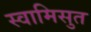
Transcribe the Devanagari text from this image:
स्वामिसुत